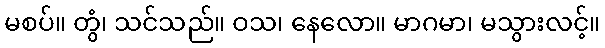
မစပ်။ တွံ၊ သင်သည်။ ဝသ၊ နေလော။ မာဂမာ၊ မသွားလင့်။